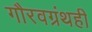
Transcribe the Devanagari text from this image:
गौरवग्रंथही